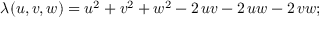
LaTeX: \lambda ( u , v , w ) = u ^ { 2 } + v ^ { 2 } + w ^ { 2 } - 2 \, u v - 2 \, u w - 2 \, v w ;